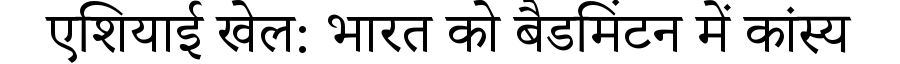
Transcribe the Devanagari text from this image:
एशियाई खेल: भारत को बैडमिंटन में कांस्य